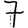
Digit: 7